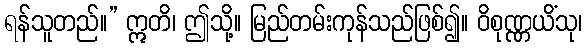
ရန်သူတည်။” ဣတိ၊ ဤသို့။ မြည်တမ်းကုန်သည်ဖြစ်၍။ ဝိစုဏ္ဏယိံသု၊